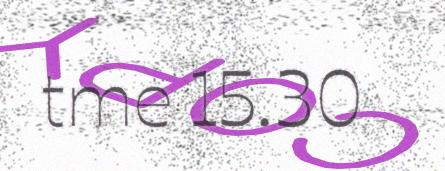
tme 15.30